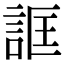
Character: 誆